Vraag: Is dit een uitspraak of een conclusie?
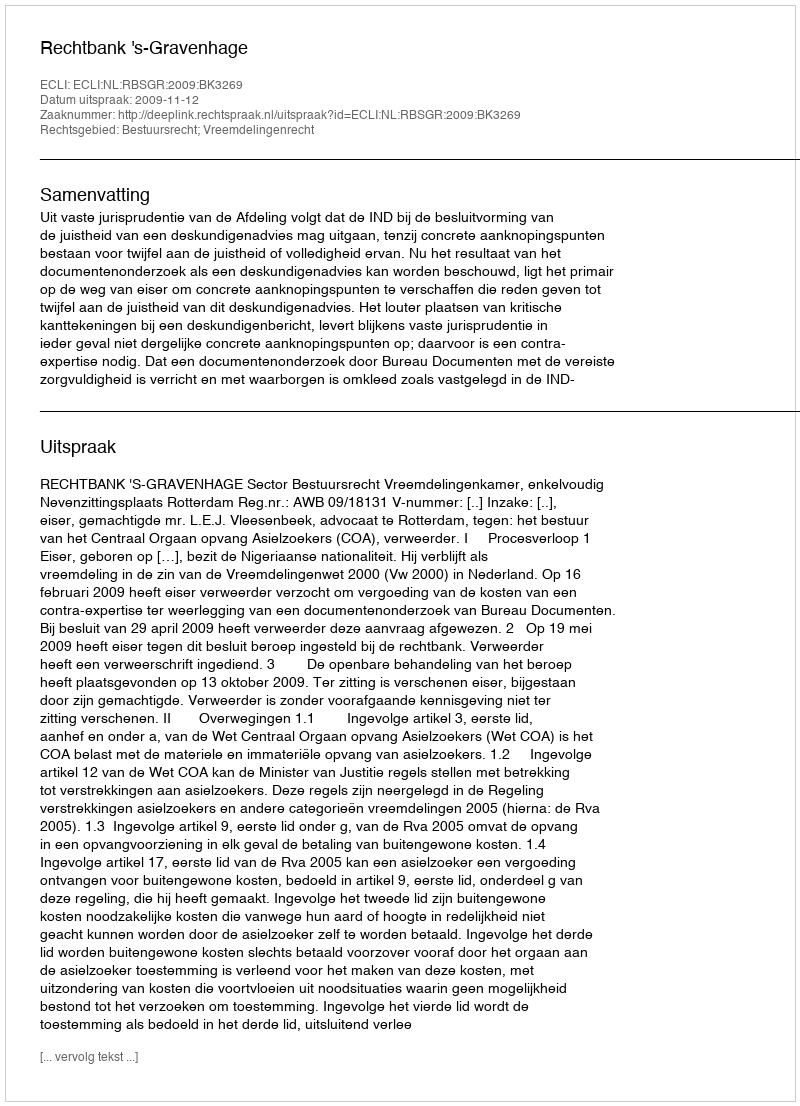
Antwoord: Uitspraak